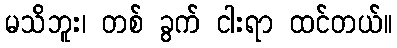
မသိဘူး၊ တစ် ခွက် ငါးရာ ထင်တယ်။